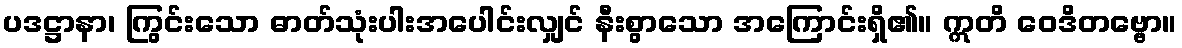
ပဒဋ္ဌာနာ၊ ကြွင်းသော ဓာတ်သုံးပါးအပေါင်းလျှင် နီးစွာသော အကြောင်းရှိ၏။ ဣတိ ဝေဒိတဗ္ဗော။